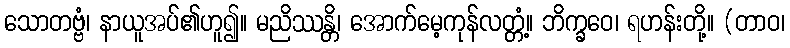
သောတဗ္ဗံ၊ နာယူအပ်၏ဟူ၍။ မညိဿန္တိ၊ အောက်မေ့ကုန်လတ္တံ့။ ဘိက္ခဝေ၊ ရဟန်းတို့။ (တာဝ၊